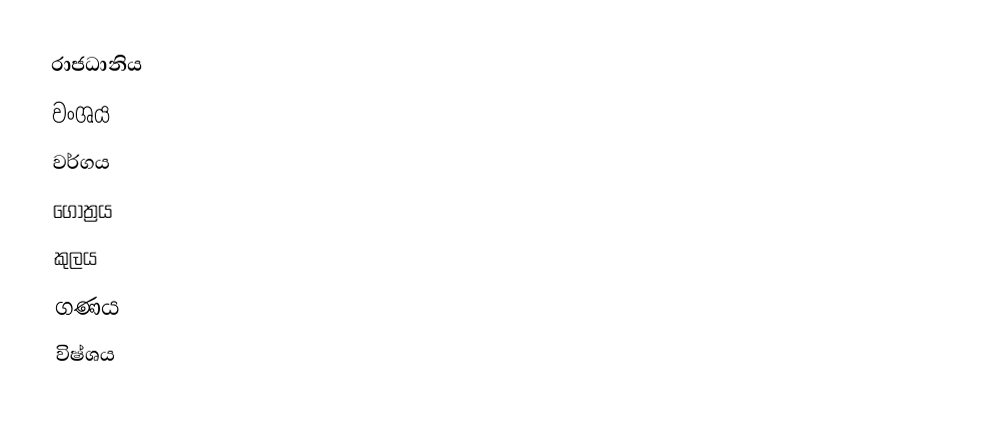
රාජධානිය
වංශය
වර්ගය
ගෝත්‍රය
කුලය
ගණය
විෂ්ශය